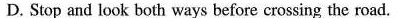
D. Stop and look both ways before crossing the road.